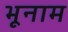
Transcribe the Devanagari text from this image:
भूनाम